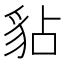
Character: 𧲸